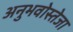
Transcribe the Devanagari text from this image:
अनुभवोस्तेजा